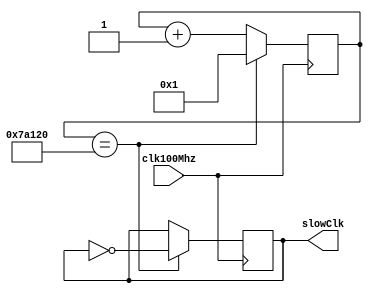
module Clkdivider (clk100Mhz, slowClk);
  input clk100Mhz; //fast clock
  output  slowClk; //slow clock
  reg Clk;

  reg[27:0] counter;

  initial begin
    counter <= 0;
    Clk <=0;
  end

  always @ (posedge clk100Mhz)
  begin
    if(counter == 500000) begin
      counter <= 1;
      Clk <= ~Clk;
    end
    else begin
      counter <= counter + 1;
    end
  end

assign slowClk = Clk;

endmodule